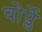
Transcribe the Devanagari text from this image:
वोर्प्ले